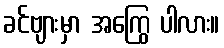
ခင်ဗျားမှာ အကြွေ ပါလား။